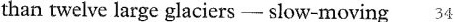
than twelve large glaciers - slow-moving 34